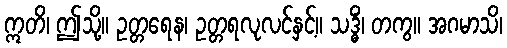
ဣတိ၊ ဤသို့။ ဥတ္တရေန၊ ဥတ္တရလုလင်နှင့်။ သဒ္ဓိံ၊ တကွ။ အဂမာသိ၊